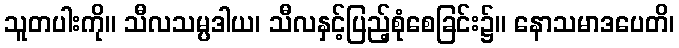
သူတပါးကို။ သီလသမ္ပဒါယ၊ သီလနှင့်ပြည့်စုံစေခြင်း၌။ နောသမာဒပေတိ၊